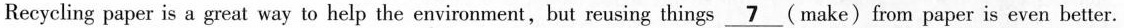
Recycling paper is a great way to help the environment,but reusing things \underline{7} (make)from paper is even better.